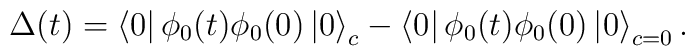
\Delta (t)=\left\langle 0\right| \phi _0(t)\phi _0(0)\left| 0\right\rangle_c-\left\langle 0\right| \phi _0(t)\phi _0(0)\left| 0\right\rangle _{c=0}.